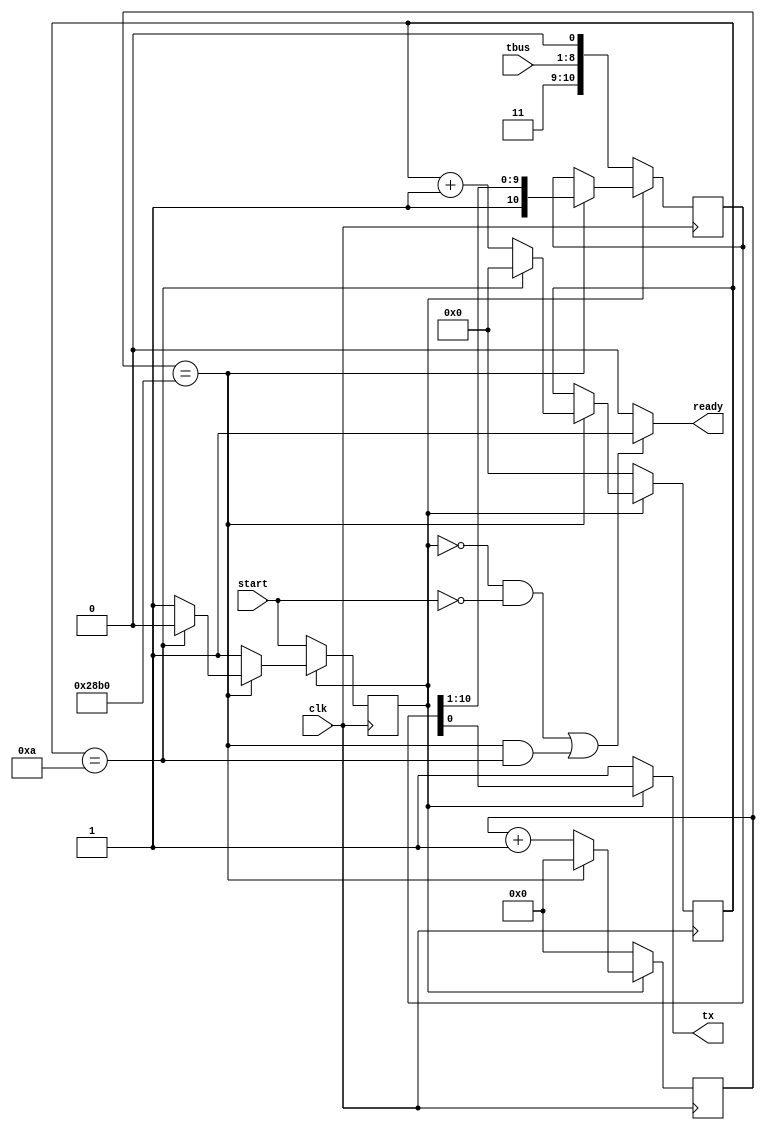
`timescale 1ns / 1ps
//////////////////////////////////////////////////////////////////////////////////
// Company: 
// Engineer: 
// 
// Design Name: 
// Module Name: uart_tx
// Project Name: 
// Target Devices: 
// Tool Versions: 
// Description: 
// 
// Dependencies: 
// 
// Revision:
// Revision 0.01 - File Created
// Additional Comments:
// 
//////////////////////////////////////////////////////////////////////////////////


module uart_tx(
    input       clk   ,
    input [7:0] tbus  ,
    input       start,
    output      tx    ,
    output      ready 
    );
    parameter CD_MAX=10416, CD_WIDTH=16;
    reg [CD_WIDTH-1:0] cd_count=0;
    reg [3:0] count=0;
    reg running=0;
    reg [10:0] shift=11'h7ff;
    always@(posedge clk) begin
        if (running == 1'b0) begin
            shift <= {2'b11, tbus, 1'b0};
            running <= start;
            cd_count <= 'b0;
            count <= 'b0;
        end else if (cd_count == CD_MAX) begin
            shift <= {1'b1, shift[10:1]};
            cd_count <= 'b0;
            if (count == 4'd10) begin
                running <= 1'b0;
                count <= 'b0;
            end
            else
                count <= count + 1'b1;
        end else
            cd_count <= cd_count + 1'b1;
    end
    assign tx = (running == 1'b1) ? shift[0] : 1'b1;
    assign ready = ((running == 1'b0 && start == 1'b0) || (cd_count == CD_MAX && count == 4'd10)) ? 1'b1 : 1'b0;
endmodule